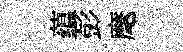
蕴彭麾